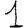
Digit: 1